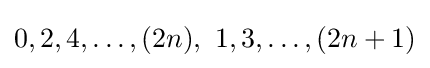
0,2,4,\dots ,(2n),\ 1,3,\dots ,(2n+1)